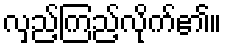
လှည့်ကြည့်လိုက်၏။